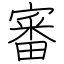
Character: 審